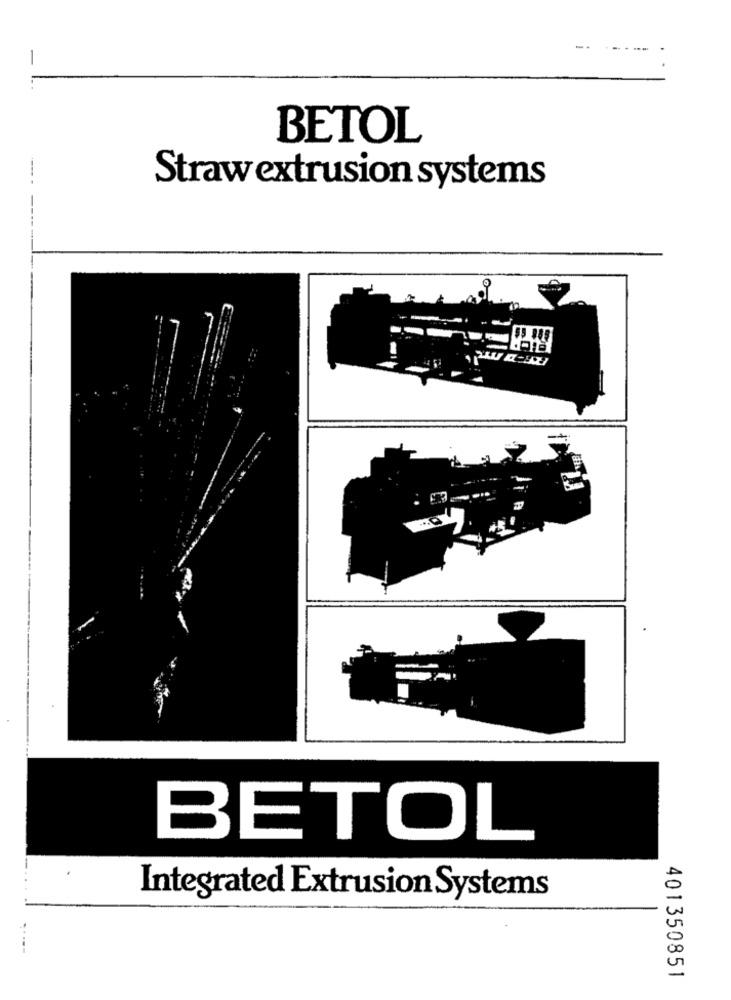
-
BETOL
Straw extrusion systems
BETOL
Integrated Extrusion Systems
..
401350851